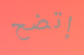
إتضح